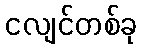
ငလျင်တစ်ခု